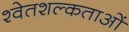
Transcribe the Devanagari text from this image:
श्वेतशल्कताओं